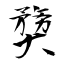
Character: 奦